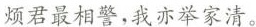
烦君最相警，我亦举家清。